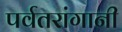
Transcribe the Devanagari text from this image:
पर्वतरांगानी